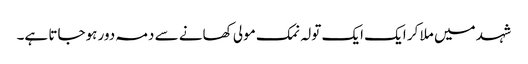
شہد میں ملا کر ایک ایک تولہ نمک مولی کھانے سے دمہ دور ہوجاتا ہے۔